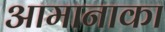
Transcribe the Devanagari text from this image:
आमानाका